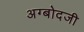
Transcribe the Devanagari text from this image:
अग्बोदजी